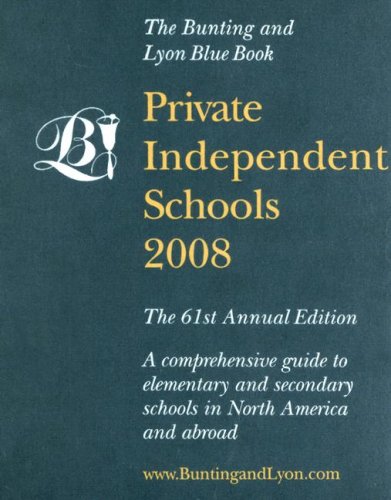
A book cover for Private Independent Schools; Peter Bunting; Test Preparation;